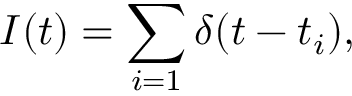
I ( t ) = \sum _ { i = 1 } \delta ( t - t _ { i } ) ,